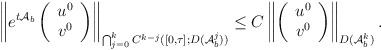
\begin{align*}\left\|e^{t\mathcal{A}_b}\left( \begin{array} {c} u^0\\v^0\end{array}\right)\right\|_{\bigcap_{j=0}^kC^{k-j}([0,\tau ];D(\mathcal{A}_b^j))}\leq C \left\|\left( \begin{array} {c} u^0\\v^0\end{array}\right)\right\|_{D(\mathcal{A}_b^k)}.\end{align*}